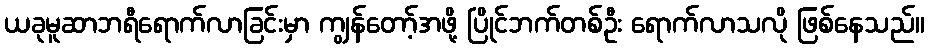
ယခုမူဆာဘရီရောက်လာခြင်းမှာ ကျွန်တော့်အဖို့ ပြိုင်ဘက်တစ်ဦး ရောက်လာသလို ဖြစ်နေသည်။